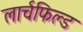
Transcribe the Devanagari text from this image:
लार्चफिल्ड